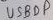
Text: USBDP